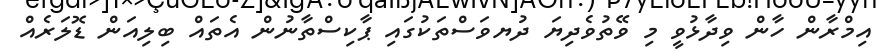
އިމްރާން ހާން ވިދާޅުވީ މި ވޭތުވެދިޔަ ދުޔވަސްތަކުގައި ޕާކިސްތާނުން އެތައް ބިލިއަން ޑޮލަރެއް